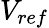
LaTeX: V_{ref}